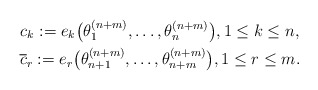
\begin{gather*}c_k:=e_k\big(\theta_1^{(n+m)},\ldots,\theta_{n}^{(n+m)}\big), 1 \le k \le n,\\{\overline{c}}_r:=e_r\big(\theta_{n+1}^{(n+m)},\ldots,\theta_{n+m}^{(n+m)}\big), 1 \le r \le m. \end{gather*}